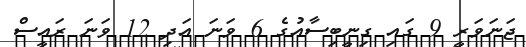
ޖަނަވަރީ 9 ގައި ގިނީބިސާއުގެ 6 ވަނަ އަދި 12 ވަނަ ރައީސް